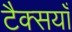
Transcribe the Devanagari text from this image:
टैक्सयाँ